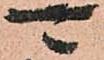
可